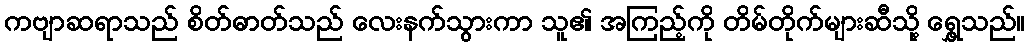
ကဗျာဆရာသည် စိတ်ဓာတ်သည် လေးနက်သွားကာ သူ၏ အကြည့်ကို တိမ်တိုက်များဆီသို့ ရွှေ့သည်။